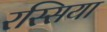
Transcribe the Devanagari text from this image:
रस्सिया